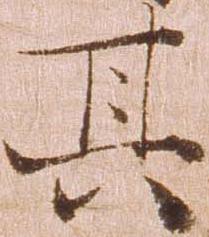
其